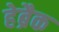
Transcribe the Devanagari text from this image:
हेब्रैक